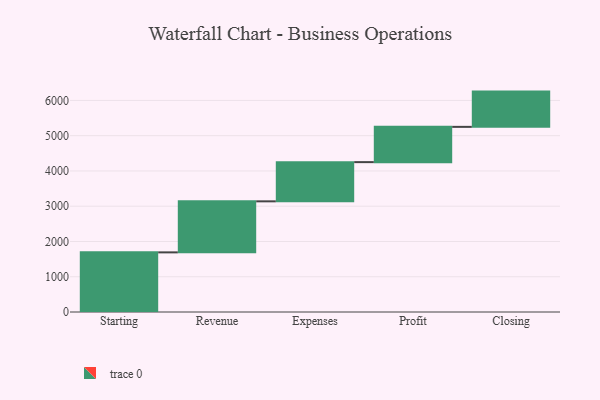
{"axis": {"x": "Step", "y": "Value"}, "legend": [""], "data": [{"x": "Starting", "y": 1691.0, "type": ""}, {"x": "Revenue", "y": 1447.0, "type": ""}, {"x": "Expenses", "y": 1112.0, "type": ""}, {"x": "Profit", "y": 1000, "type": ""}, {"x": "Closing", "y": 1000, "type": ""}]}